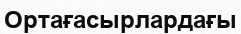
Ортағасырлардағы